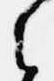
之